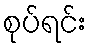
စုပ်ရင်း